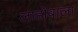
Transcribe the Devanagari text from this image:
लाहोबाला